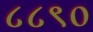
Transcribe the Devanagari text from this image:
८८९०